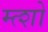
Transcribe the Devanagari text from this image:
म्त्शो